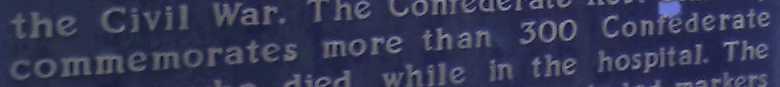
commemorates more than 300 Contederate